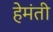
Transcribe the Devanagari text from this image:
हेमंती